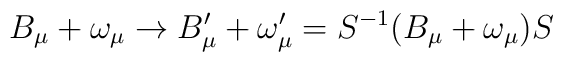
B_{\mu} + \omega_{\mu} \rightarrow B'_{\mu} + \omega'_{\mu} =S^{-1}(B_{\mu} + \omega_{\mu})S